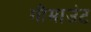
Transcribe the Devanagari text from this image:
गौमाउंट